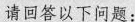
请回答以下问题：